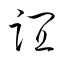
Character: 誼